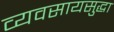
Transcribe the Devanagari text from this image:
व्यवसायसुद्धा